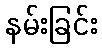
နမ်းခြင်း